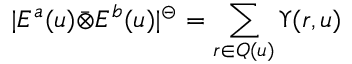
| E ^ { a } ( u ) \Bar { \otimes } E ^ { b } ( u ) | ^ { \circleddash } = \sum _ { r \in Q ( u ) } \Upsilon ( r , u )